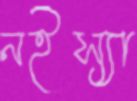
নইস্যা